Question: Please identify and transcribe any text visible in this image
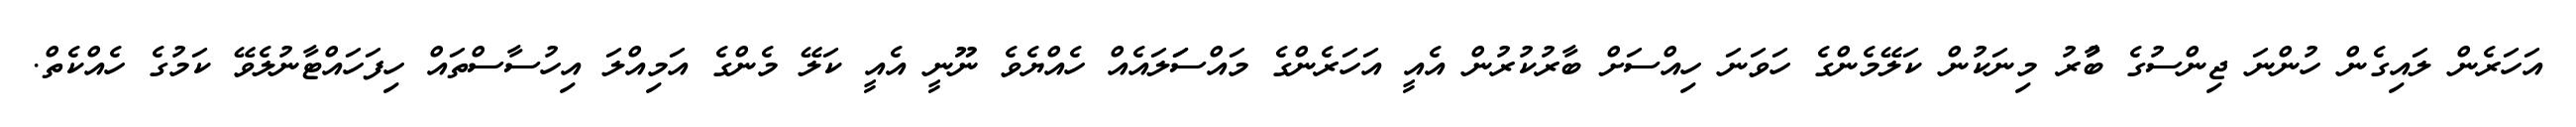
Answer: އަހަރެން ލައިގެން ހުންނަ ޖިންސުގެ ބާުރު މިނަކުން ކަލޭމެންގެ ހަވަނަ ހިއްސަށް ބާރުކުރުން އެއީ އަހަރެންގެ މައްސަަލައެއް ހެއްޔެވެ ނޫނީ އެއީ ކަލޭ މެންގެ އަމިއްލަ އިހުސާސްތައް ހިފަހައްޓާނުލެވޭ ކަމުގެ ހެއްކެތް.